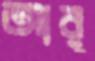
আর্